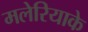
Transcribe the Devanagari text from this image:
मलेरियाके